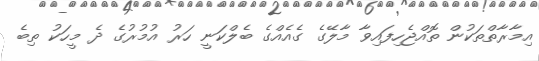
އިމާރާތްތަކުން ތޮއްޖެހިފައިވާ މާލޭގެ ގެއެއްގެ ބެލްކަނީ ހަރު އުމުރުގެ ދެ މީހަކު ތިބެ